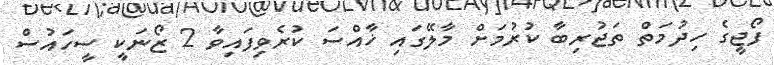
ފޯޖީގެ ހިދުމަތް ތަޖުރިބާ ކުރުމަށް މާލޭގައި ޚާއްސަ ކުރެވިފައިވާ 2 ޒޯނަކީ ސީހައުސް